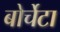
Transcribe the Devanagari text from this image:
बोर्चेटा